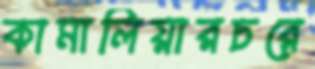
কামালিয়ারচরে